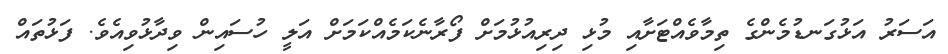
އަސަރު އަޅުގަނޑުމެންގެ ތިމާވެއްޓަށާއި މުޅި ދިރިއުޅުމަށް ފޯރާނެކަމެއްކަމަށް އަލީ ހުސައިން ވިދާޅުވިއެވެ. ފަޅުތައް